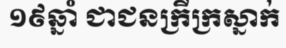
១៩ឆ្នាំ ជាជនក្រីក្រស្នាក់